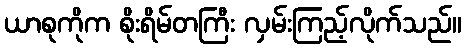
ယာစုကိုက စိုးရိမ်တကြီး လှမ်းကြည့်လိုက်သည်။